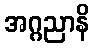
အဂ္ဂညာနိ